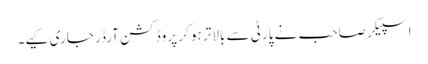
اسپیکر صاحب نے پارٹی سے بالاتر ہو کر پروڈکشن آرڈر جاری کیے۔